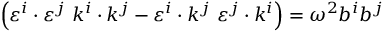
\left( \varepsilon ^ { i } \cdot \varepsilon ^ { j } ~ k ^ { i } \cdot k ^ { j } - \varepsilon ^ { i } \cdot k ^ { j } ~ \varepsilon ^ { j } \cdot k ^ { i } \right) = \omega ^ { 2 } b ^ { i } b ^ { j }